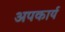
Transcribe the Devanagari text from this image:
अपकार्य